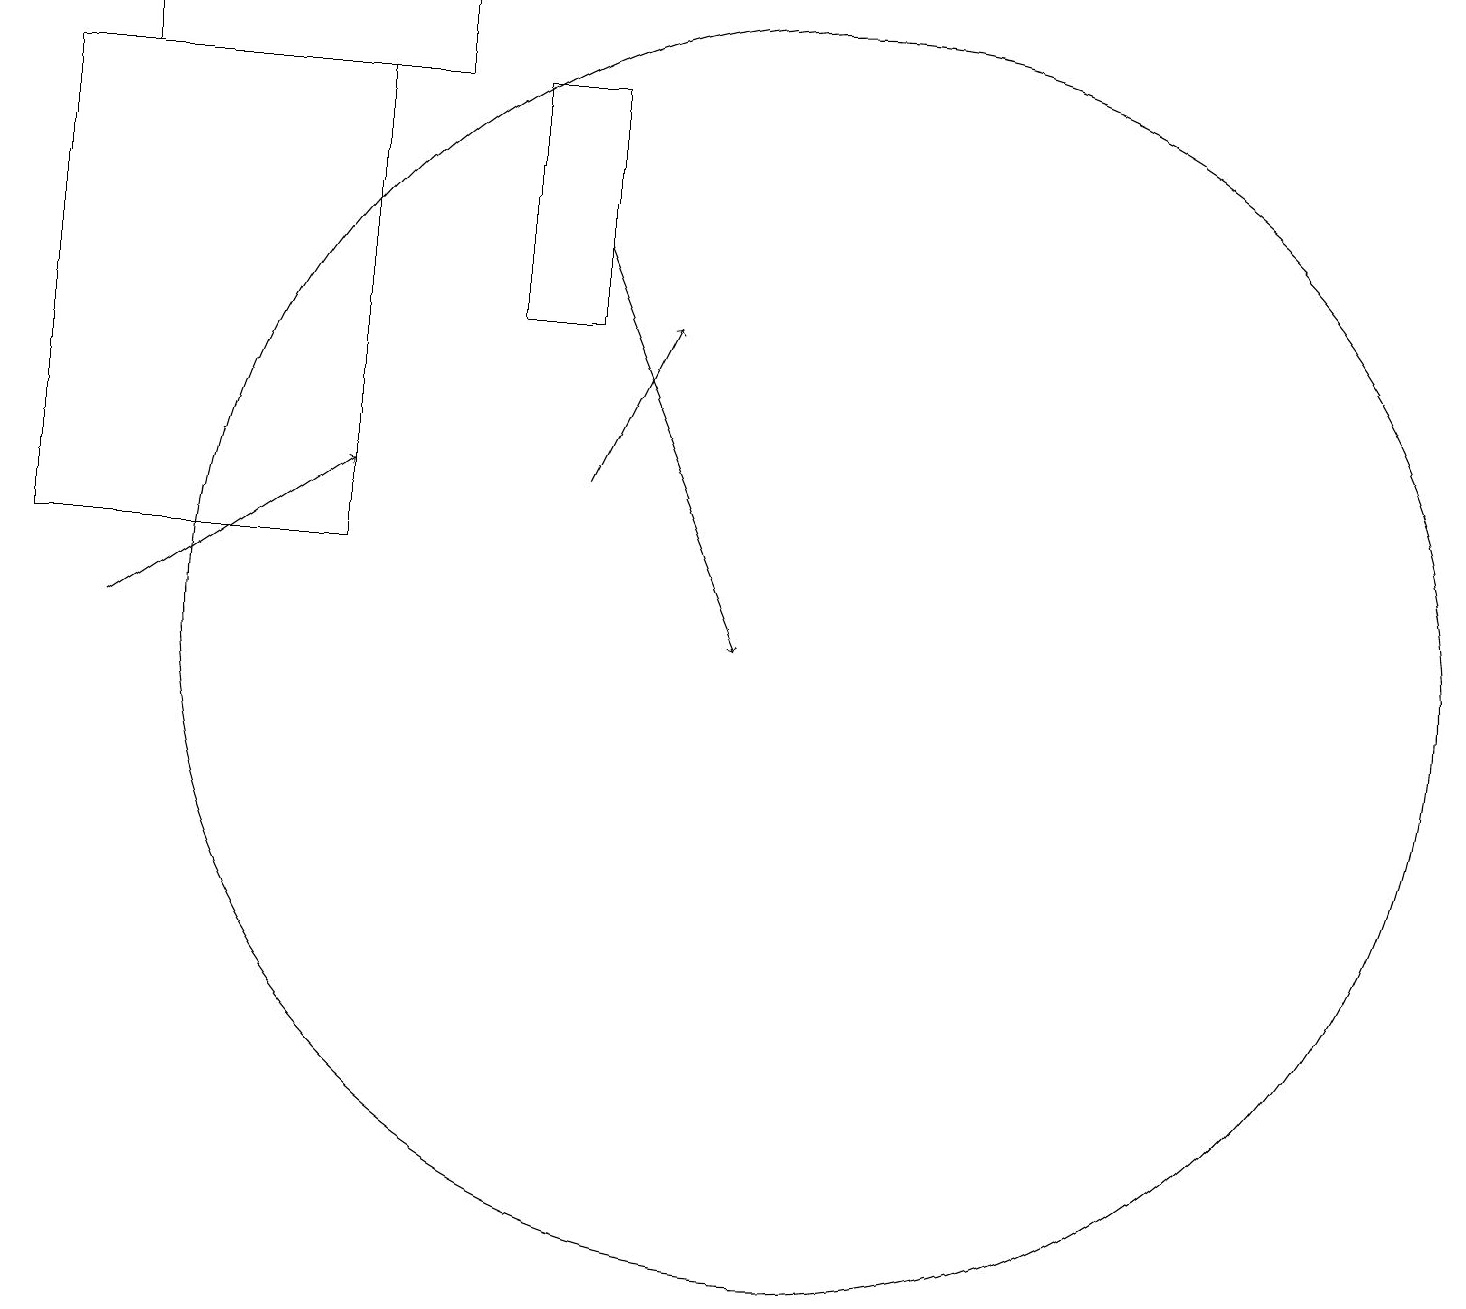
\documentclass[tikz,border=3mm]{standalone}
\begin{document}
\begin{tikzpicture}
\draw[->] (1,11) -- (4,13);
\draw (7,18) rectangle (6,15);
\draw (10,11) circle (8);
\draw (1,19) rectangle (5,18);
\draw[->] (7,16) -- (9,11);
\draw (0,18) rectangle (4,12);
\draw[->] (7,13) -- (8,15);
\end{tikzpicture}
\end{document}